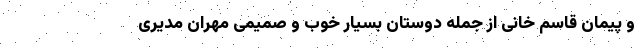
و پیمان قاسم‌ خانی از جمله دوستان بسیار خوب و صمیمی‌ مهران مدیری